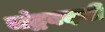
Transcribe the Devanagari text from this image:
चंद्रबदनी